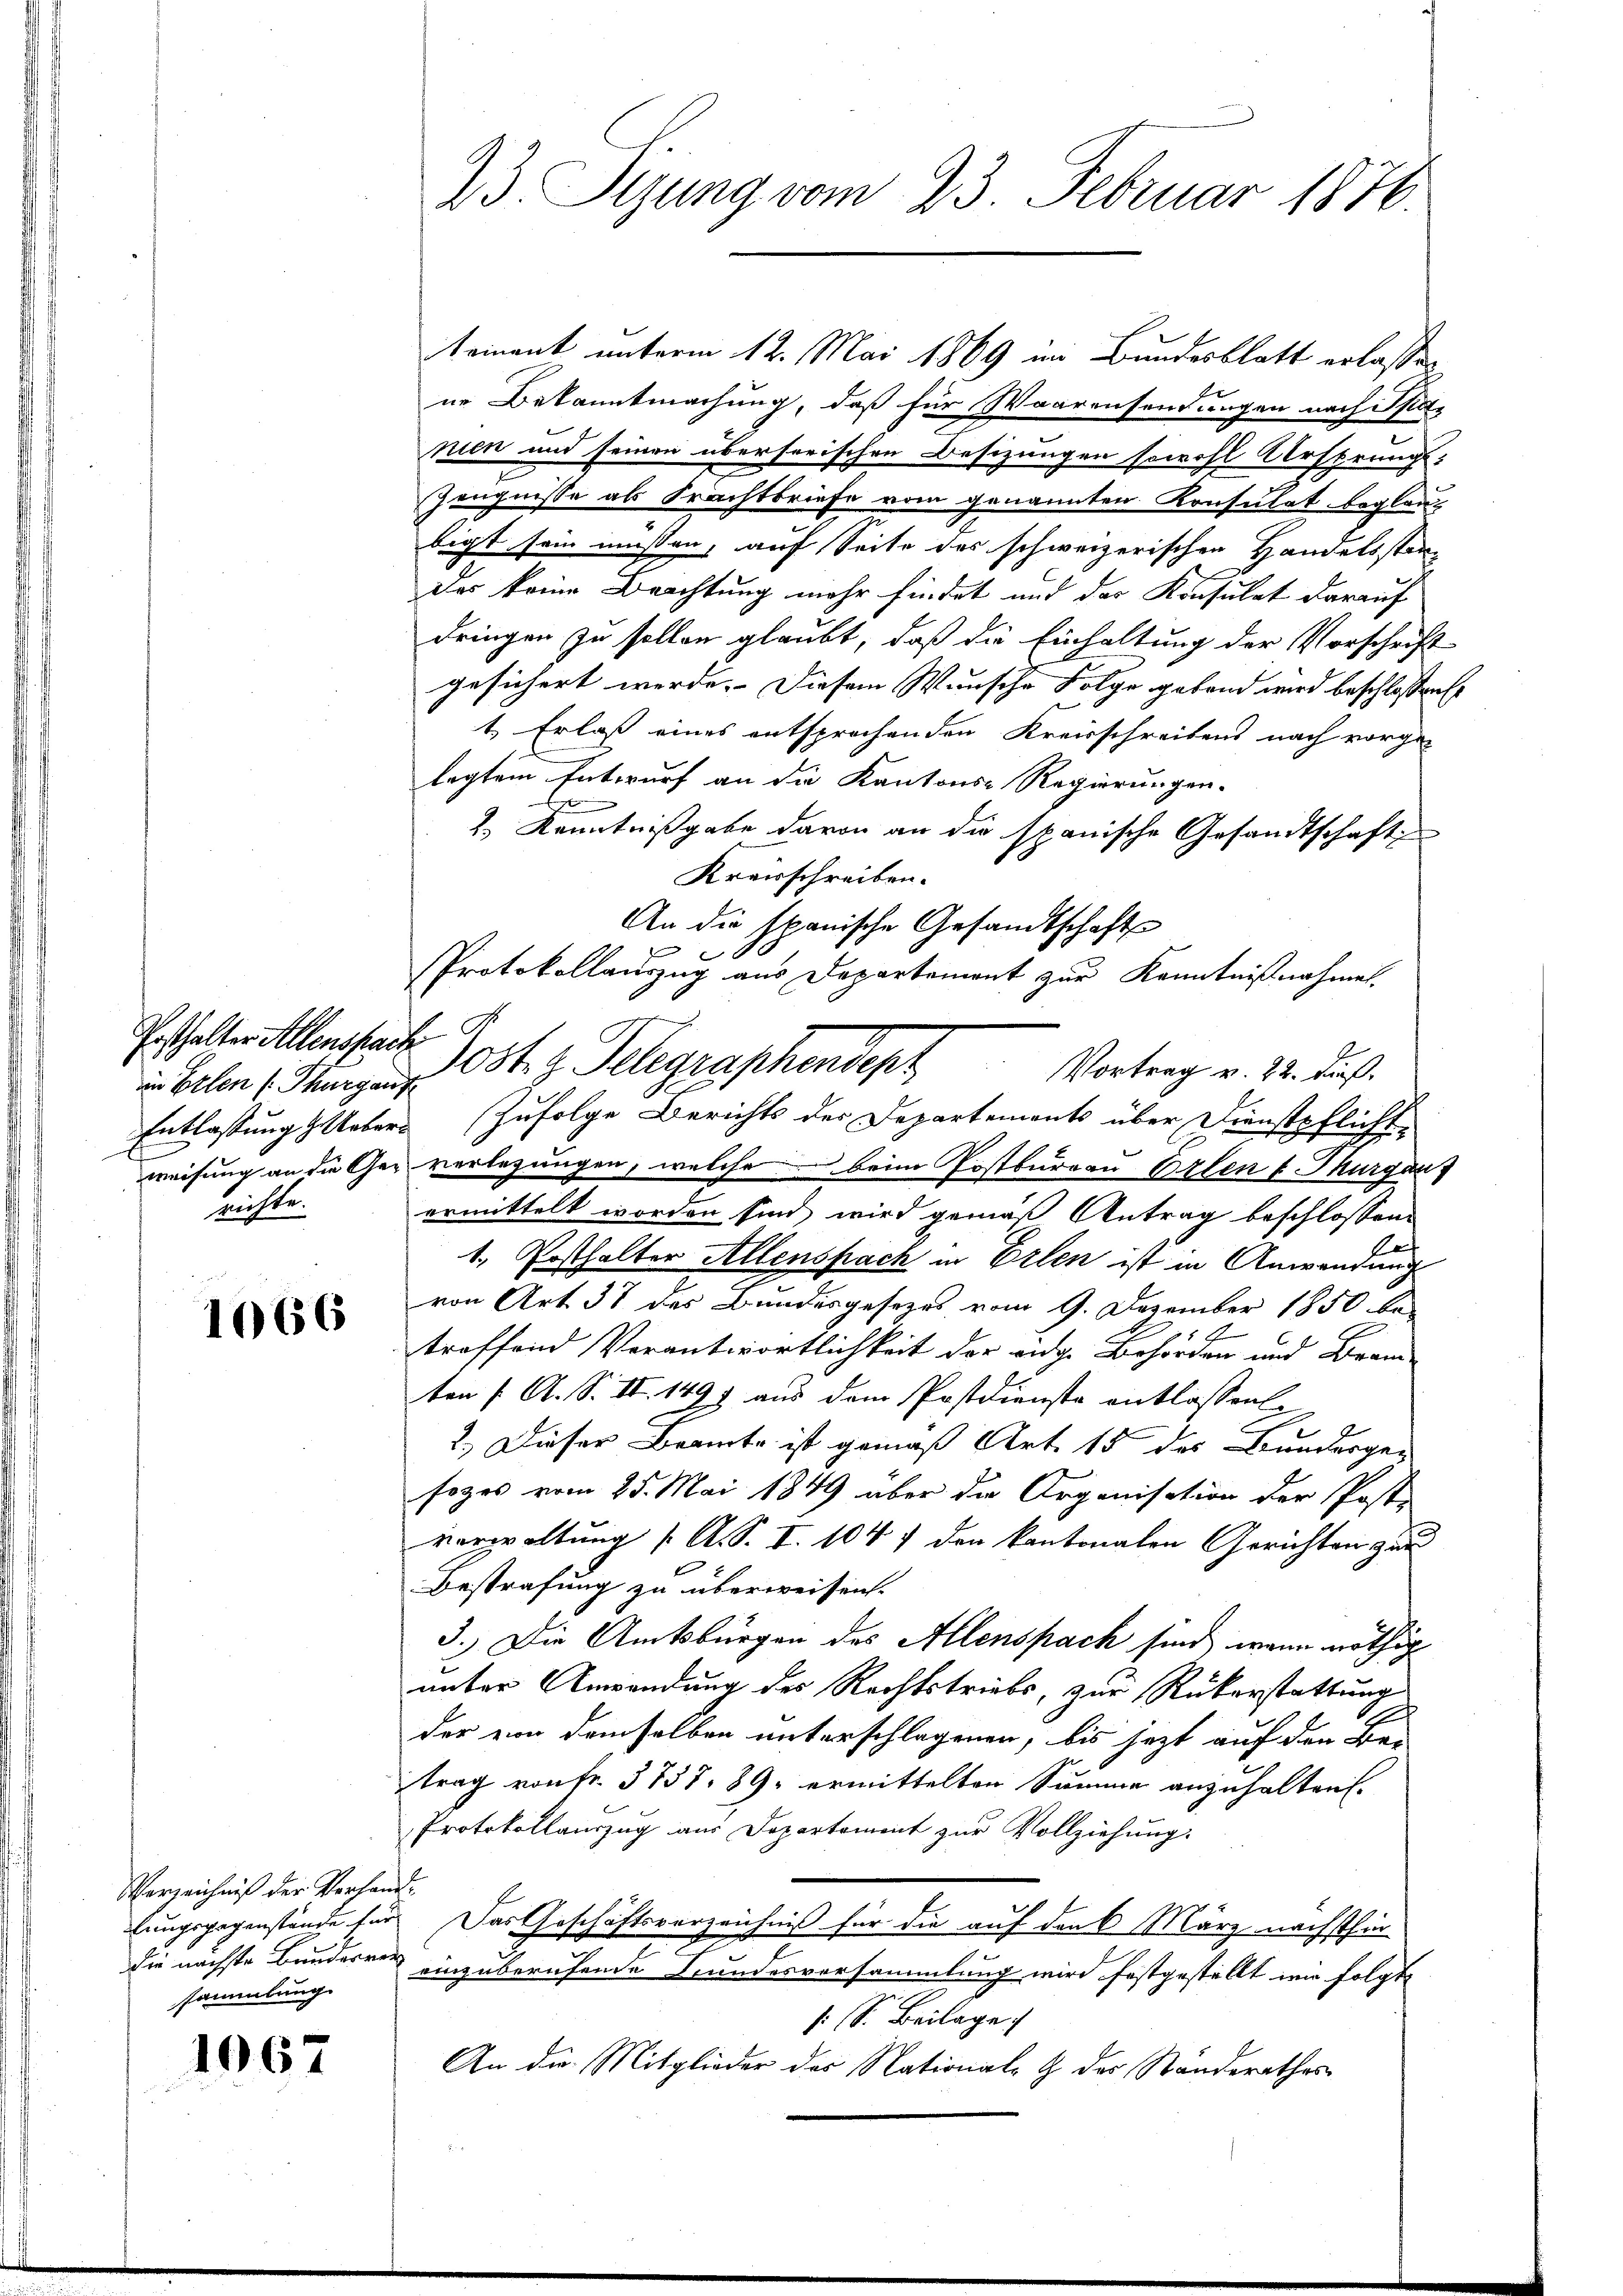
Posthalter Allensprache B
im Erlen (: Thurgauf
richte.

1066

Verzeichniß der Verhan
die nächste Bunderre
sammlung.

1067

23. Pejung vom 23. Februar 1876.

teinant unterm 12. Mai 1869 in Bundesblatt erlassen,
ne Bekanntmachung, daß für Waarensendungen nach Spaz
nien und seinen überserischen Besizungen sowohl Ursprungs-
Zeugnisse als Frachtbriefe vom genannten Konsulat beglau-
bigt sein müssen, auf Seite des schweizerischen Handelsstandas keine Beachtung mehr findet und das Konsulat darauf
dringen zu sollen glaubt, daß die Einhaltung der Vorschrift
gesichert werde. Diesem Wunsche Folge geband wird beschlossensc
t, Erlaß eines entsprochenden Kreisschreibens nach vorgelegtem Entwurf an die Kantons-Regierungen.
2. Kenntnißgabe davon an die spanische Gesandtschaft
Kreisschreiben.
An die spanische Gesandtschafts
e
Entlassung gebers zufolge Berichts der Departements über Dienstpflicht-
weisung an die Ges. verlegungen, welche beim Postbureau Orten u. Thurgau
ermittelt worden sind, wird gemäß Antrag beschlossene
1. Posthalter Allenspach in Erlen ist in Anwendung
von Art. 38 des Bundesgesezes vom 9. Dezember 1850 be-
troffend Verantwortlichkeit der eidg. Behörden und Bran-
ten /: A. S. II. 1493 aus dem Postdienste entlassen.
2
2.) Dieser Beamte ist gemäß Art. 15 des Bundergeg
sozes vom 25. Mai 1849 über die Organisation der Post-
verwaltung (: A. S. I. 1047 den kantonalen Gerichten zur
Bestrafung zu überweisen.
3.) Die Amtsbürgen des Allenspach sind, wenn nöthig
unter Anwendung des Rechtstriebs, zur Rükerstattung
A
der von demselben unterschlagenen, bis jetzt auf den Bei
trag von fr. 3757. 89. ermittelten Summe anzuhalten.
Protokollauszug aus Departement zur Vollziehung.
f
lungsgegenstände für Das Geschäftsverzeichniß für die auf den 6. März nächsthin
einzuberufende Kundesversammlung wird festgestellt wir folgte
s. S. Beilage
An die Mitglieder des Nationale G des Ständerathes

PProtokollauszug aus Departement zur Kenntnißnahmen.
1ost. g. Telegraphendept
Vortrag v. 22. Fuß.